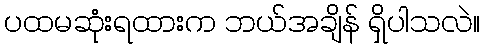
ပထမဆုံးရထားက ဘယ်အချိန် ရှိပါသလဲ။